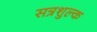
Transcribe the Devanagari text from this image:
सत्रशुल्क